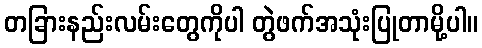
တခြားနည်းလမ်းတွေကိုပါ တွဲဖက်အသုံးပြုတာမို့ပါ။